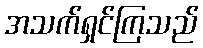
အသက်ရှင်ကြသည်